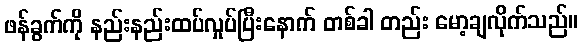
ဖန်ခွက်ကို နည်းနည်းထပ်လှုပ်ပြီးနောက် တစ်ခါ တည်း မော့ချလိုက်သည်။